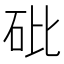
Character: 砒